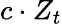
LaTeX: c\cdot Z_{t}